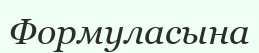
Формуласына